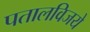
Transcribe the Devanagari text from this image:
पतालविजये